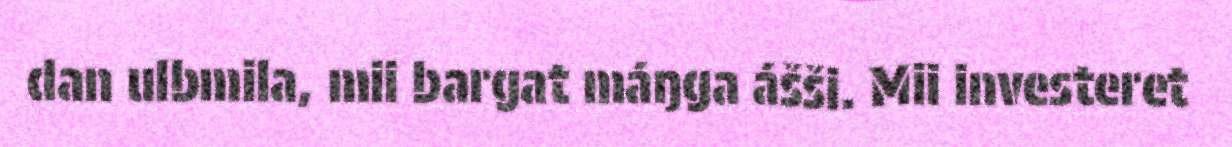
dan ulbmila, mii bargat máŋga ášši. Mii investeret